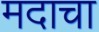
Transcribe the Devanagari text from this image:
मदाचा